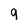
Character: 9